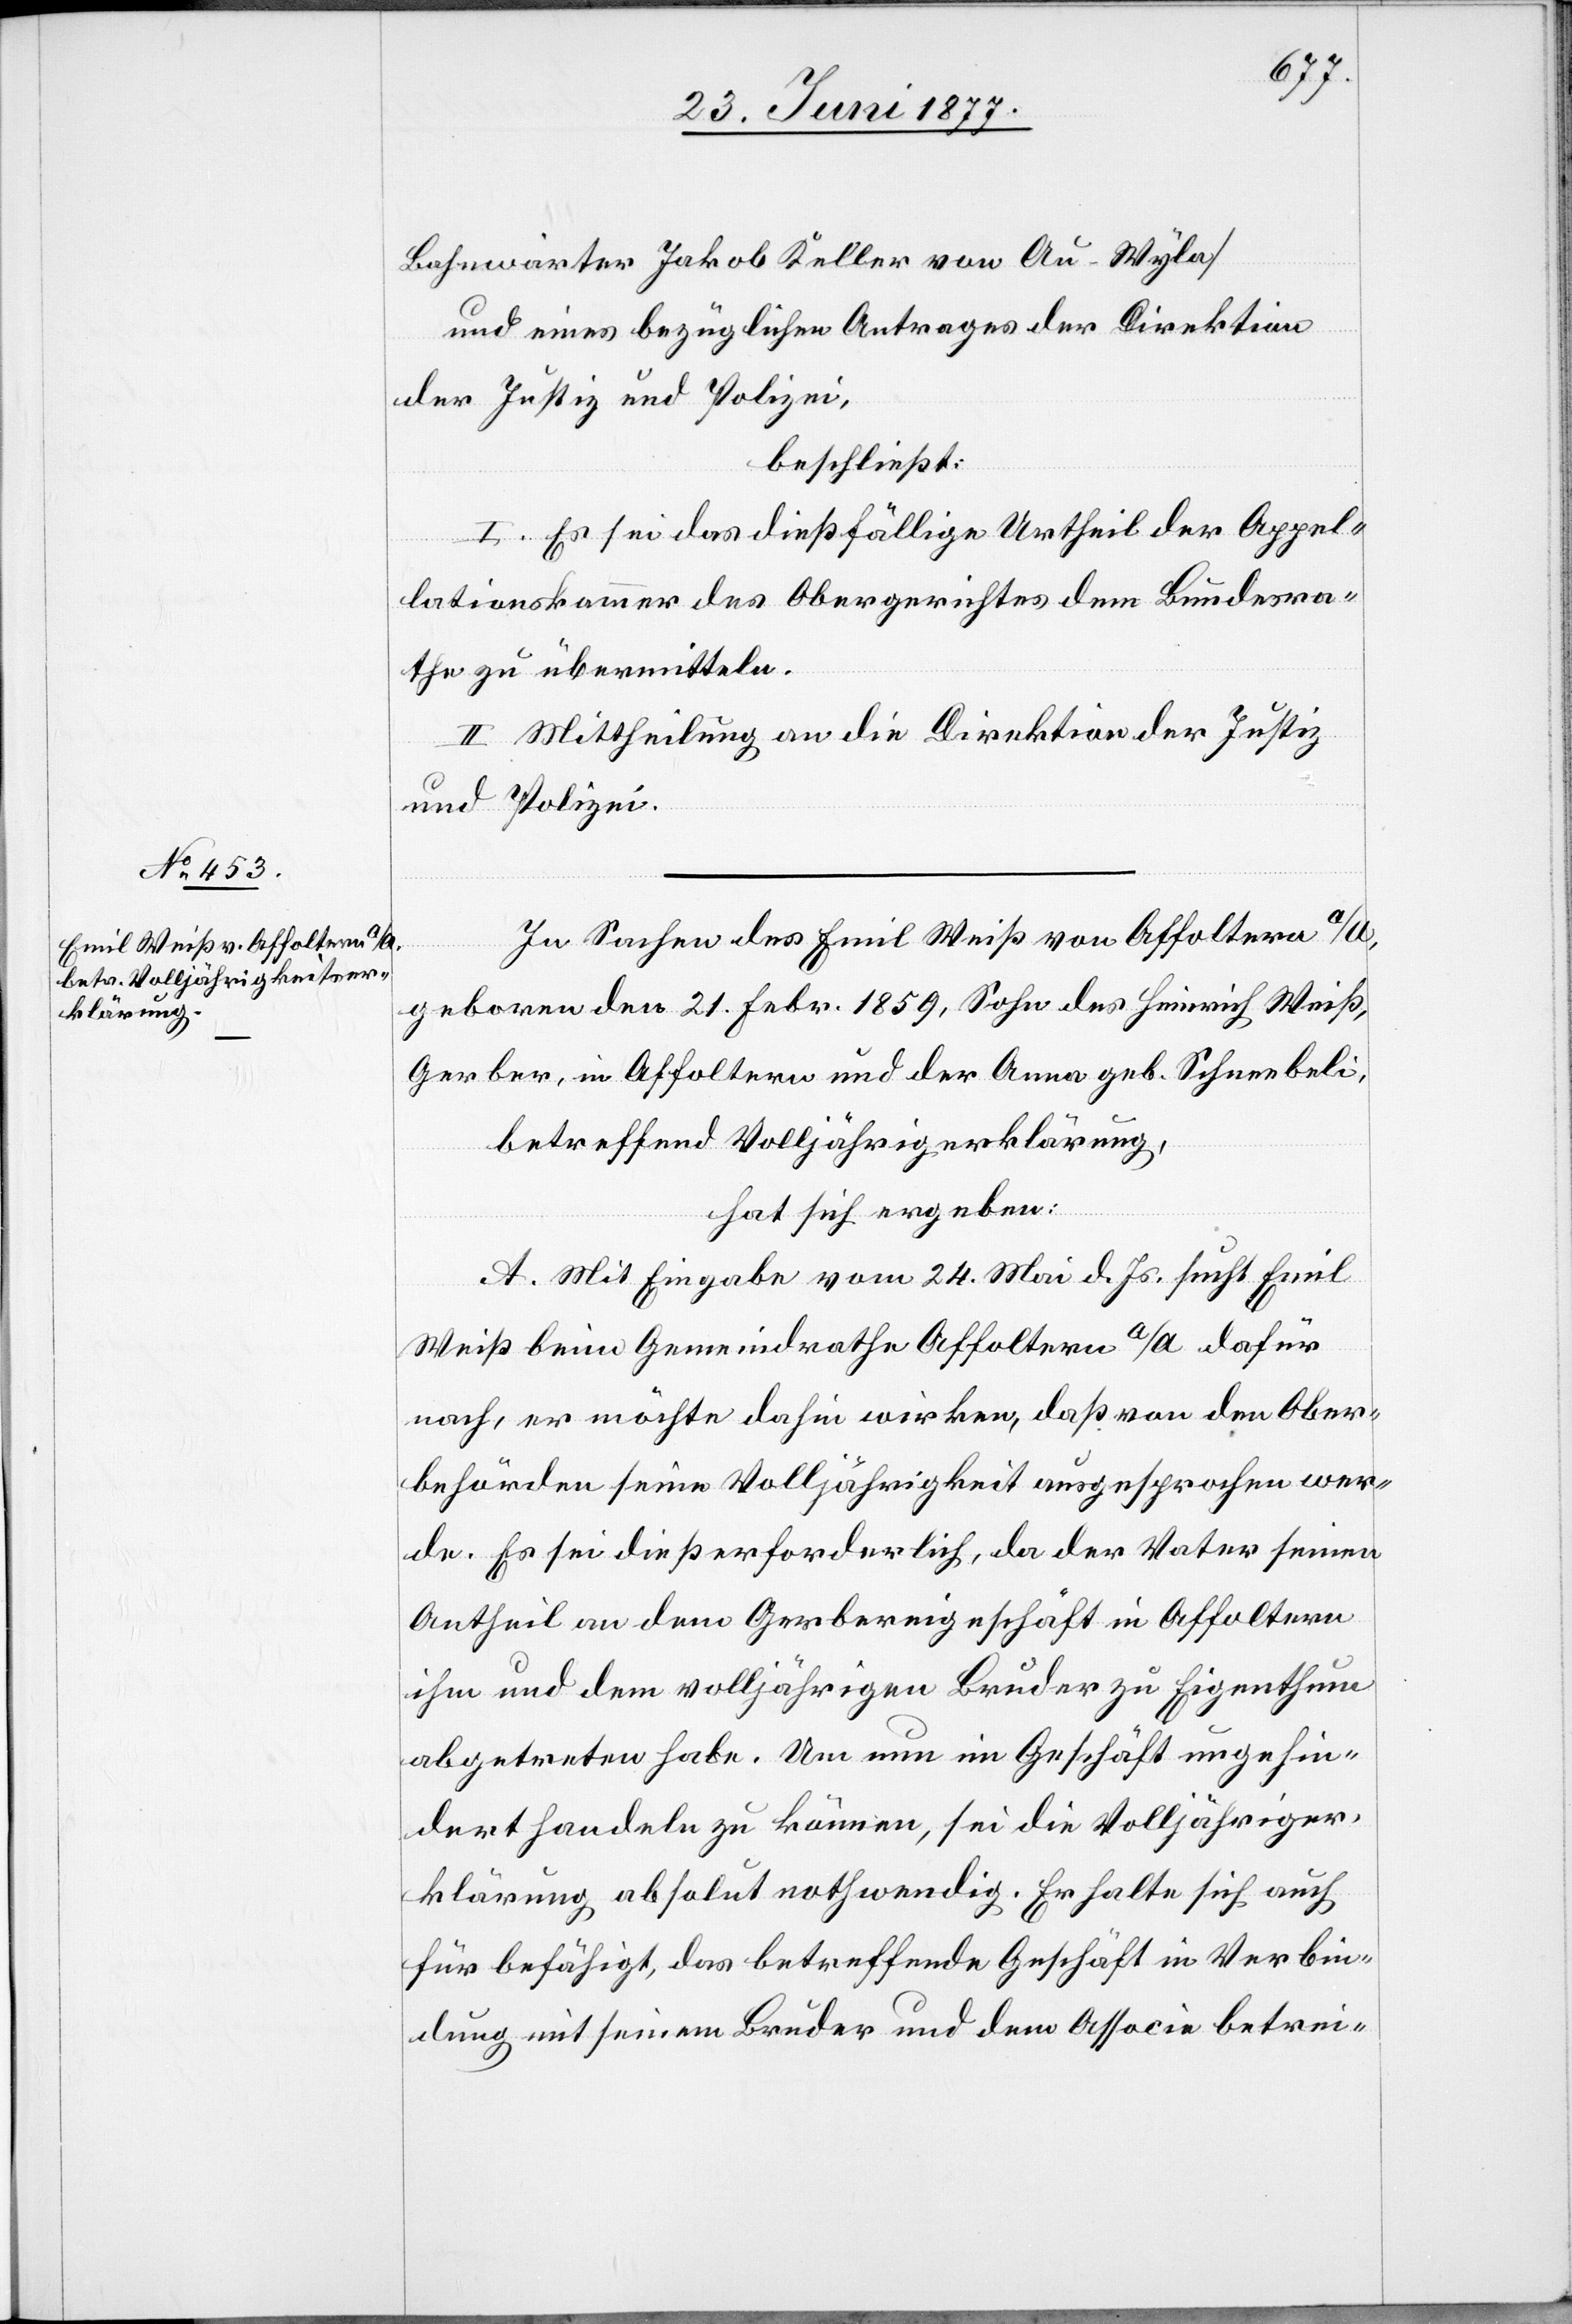
Bahnwärter Jakob Keller von Au - Wyla]
und eines bezüglichen Antrages der Direktion
der Justiz und Polizei,
beschließt:
I. Es sei das dießfällige Urtheil der Appel¬
lationskammer des Obergerichtes dem Bundesra¬
th zu übermitteln.
II. Mittheilung an die Direktion der Justiz
und Polizei.
In Sachen des Emil Weiß von Affoltern a/A.,
geboren den 21. Febr. 1859, Sohn des Heinrich Weiß,
Gerber, in Affoltern und der Anna geb. Schneebeli,
betreffend Volljährigkeitserklärung,
hat sich ergeben:
A. Mit Eingabe vom 24. Mai d. Js. sucht Emil
Weiß beim Gemeindrathe Affoltern a/A. dafür
nach, er möchte dahin wirken, daß von den Ober¬
behörden seine Volljährigkeit ausgesprochen wer¬
de. Es sei dieß erforderlich, da der Vater seinen
Antheil an dem Gerbereigeschäft in Affoltern
ihm und dem volljährigen Bruder zu Eigenthum
abgetreten habe. Um nun im Geschäft ungehin¬
dert handeln zu können, sei die Volljähriger¬
klärung absolut nothwendig. Er halte sich auch
für befähigt, das betreffende Geschäft in Verbin¬
dung mit seinem Bruder und dem Associe betrei-